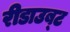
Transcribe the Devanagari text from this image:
रीडाउब्ट